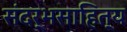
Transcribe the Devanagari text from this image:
संदर्भसाहित्य